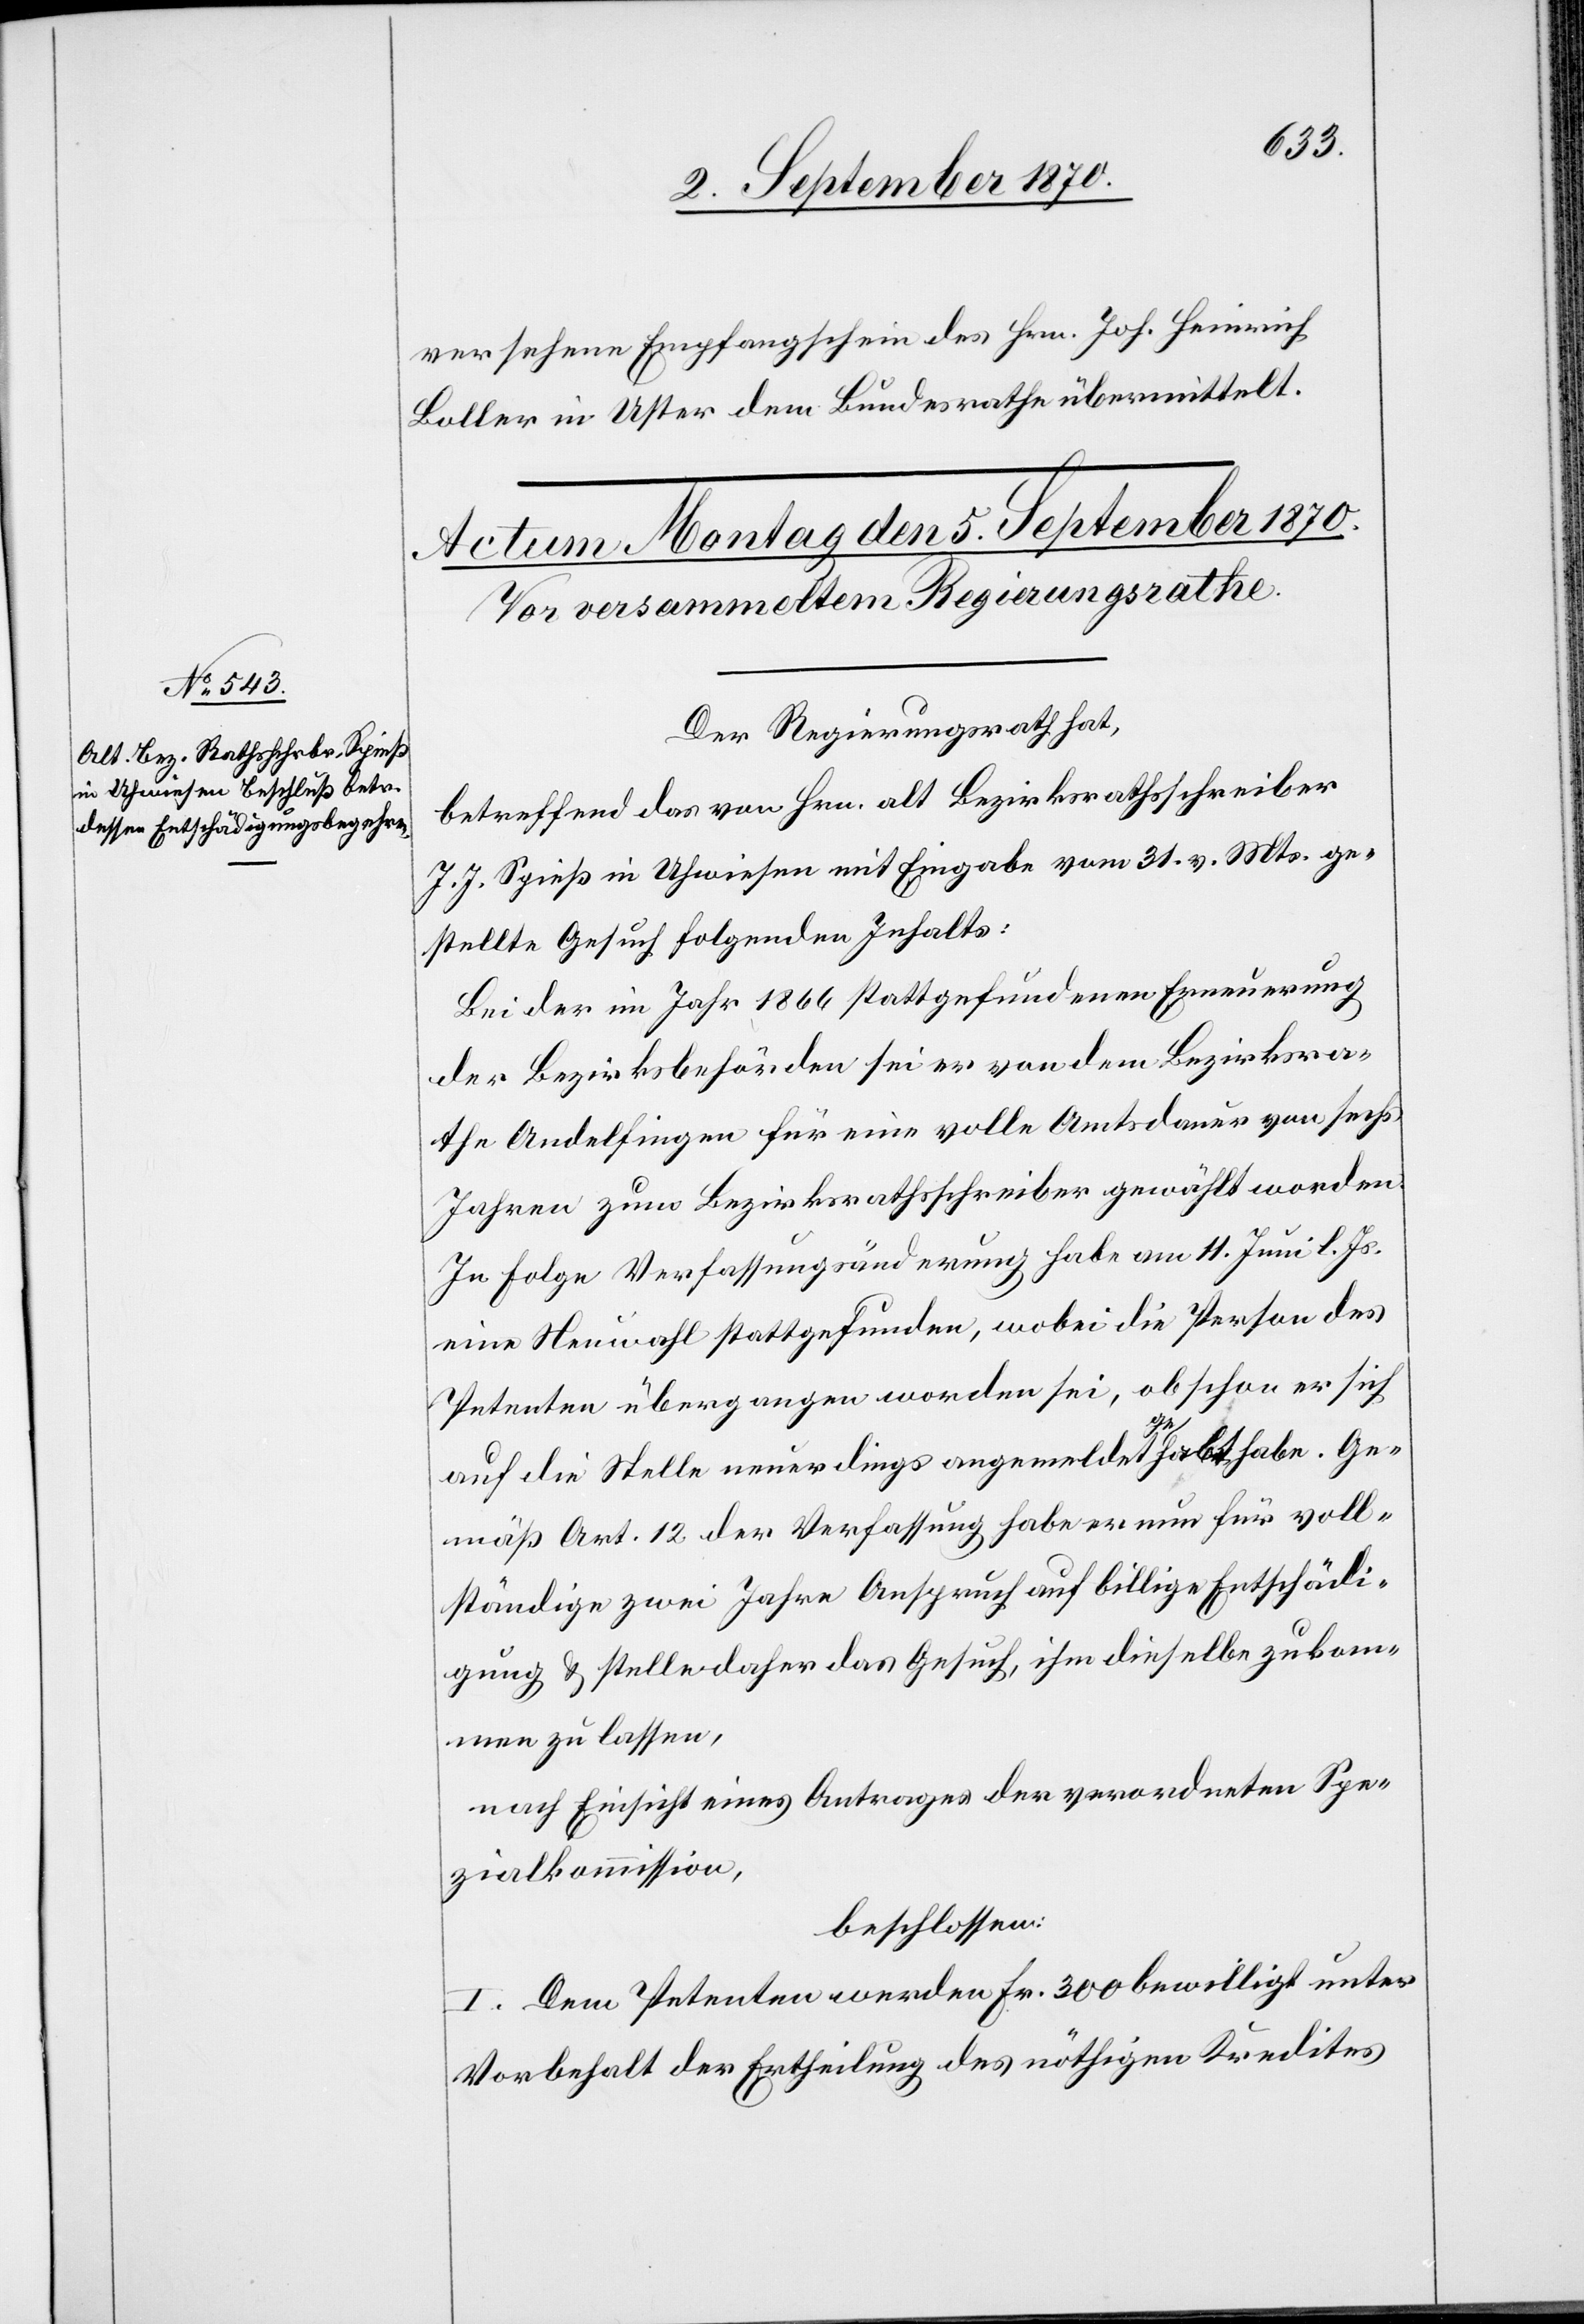
versehene Empfangschein des Hrn. Joh. Heinrich
Boller in Uster dem Bundesrathe übermittelt.
Der Regierungsrath hat,
betreffend das von Hrn. alt Bezirksrathsschreiber
J. J. Spieß in Uhwiesen mit Eingabe vom 31. v. Mts. ge¬
stellte Gesuch folgenden Inhalts:
Bei der Im Jahr 1866 stattgefundenen Erneuerung
der Bezirksbehörden sei er von dem Bezirksra¬
the Andelfingen für eine volle Amtsdauer von sechs
Jahren zum Bezirksrathsschreiber gewählt worden.
In Folge Verfassungsänderung habe am 11. Juni l. Js.
eine Neuwahl stattgefunden, wobei die Person des
Petenten übergangen worden sei, obschon er sich
auf die Stelle neuerdings angemeldet gehabt habe. Ge¬
mäß Art. 12 der Verfassung habe er nun für voll¬
ständige zwei Jahre Anspruch auf billige Entschädi¬
gung & stelle daher das Gesuch, ihm dieselbe zukom¬
men zu lassen,
nach Einsicht eines Antrages der verordneten Spe¬
zialkommission,
beschlossen:
I. Dem Petenten werden Fr. 300 bewilligt unter
Vorbehalt der Ertheilung des nöthigen Kredites